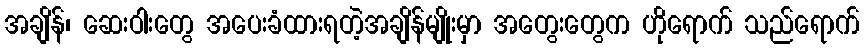
အချိန်၊ ဆေးဝါးတွေ အပေးခံထားရတဲ့အချိန်မျိုးမှာ အတွေးတွေက ဟိုရောက် သည်ရောက်